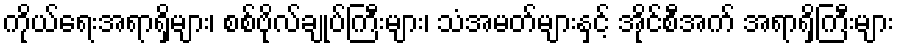
ကိုယ်ရေးအရာရှိများ၊ စစ်ဗိုလ်ချုပ်ကြီးများ၊ သံအမတ်များနှင့် အိုင်စီအက် အရာရှိကြီးများ